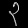
Digit: ၃